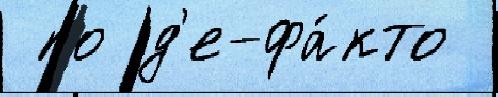
 по д'е-фа́кто